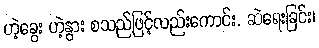
ဟဲ့ခွေး ဟဲ့နွား စသည်ဖြင့်လည်းကောင်း, ဆဲရေးခြင်း၊